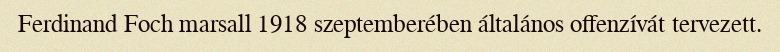
Ferdinand Foch marsall 1918 szeptemberében általános offenzívát tervezett.